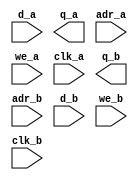
`timescale 1 ns/100 ps
// Version: 8.5 8.5.0.34


module versatile_fifo_dptam_dw(
       d_a,
       q_a,
       adr_a,
       we_a,
       clk_a,
       q_b,
       adr_b,
       d_b,
       we_b,
       clk_b
    );
/* synthesis syn_black_box

pragma attribute versatile_fifo_dptam_dw ment_tsu0 adr_a[0]->clk_a+0.280
pragma attribute versatile_fifo_dptam_dw ment_tsu1 adr_a[10]->clk_a+0.280
pragma attribute versatile_fifo_dptam_dw ment_tsu2 adr_a[1]->clk_a+0.280
pragma attribute versatile_fifo_dptam_dw ment_tsu3 adr_a[2]->clk_a+0.280
pragma attribute versatile_fifo_dptam_dw ment_tsu4 adr_a[3]->clk_a+0.280
pragma attribute versatile_fifo_dptam_dw ment_tsu5 adr_a[4]->clk_a+0.280
pragma attribute versatile_fifo_dptam_dw ment_tsu6 adr_a[5]->clk_a+0.280
pragma attribute versatile_fifo_dptam_dw ment_tsu7 adr_a[6]->clk_a+0.280
pragma attribute versatile_fifo_dptam_dw ment_tsu8 adr_a[7]->clk_a+0.280
pragma attribute versatile_fifo_dptam_dw ment_tsu9 adr_a[8]->clk_a+0.280
pragma attribute versatile_fifo_dptam_dw ment_tsu10 adr_a[9]->clk_a+0.280
pragma attribute versatile_fifo_dptam_dw ment_tsu11 adr_b[0]->clk_b+0.282
pragma attribute versatile_fifo_dptam_dw ment_tsu12 adr_b[10]->clk_b+0.282
pragma attribute versatile_fifo_dptam_dw ment_tsu13 adr_b[1]->clk_b+0.282
pragma attribute versatile_fifo_dptam_dw ment_tsu14 adr_b[2]->clk_b+0.282
pragma attribute versatile_fifo_dptam_dw ment_tsu15 adr_b[3]->clk_b+0.282
pragma attribute versatile_fifo_dptam_dw ment_tsu16 adr_b[4]->clk_b+0.282
pragma attribute versatile_fifo_dptam_dw ment_tsu17 adr_b[5]->clk_b+0.282
pragma attribute versatile_fifo_dptam_dw ment_tsu18 adr_b[6]->clk_b+0.282
pragma attribute versatile_fifo_dptam_dw ment_tsu19 adr_b[7]->clk_b+0.282
pragma attribute versatile_fifo_dptam_dw ment_tsu20 adr_b[8]->clk_b+0.282
pragma attribute versatile_fifo_dptam_dw ment_tsu21 adr_b[9]->clk_b+0.282
pragma attribute versatile_fifo_dptam_dw ment_tsu22 d_a[0]->clk_a+0.193
pragma attribute versatile_fifo_dptam_dw ment_tsu23 d_a[1]->clk_a+0.193
pragma attribute versatile_fifo_dptam_dw ment_tsu24 d_a[2]->clk_a+0.193
pragma attribute versatile_fifo_dptam_dw ment_tsu25 d_a[3]->clk_a+0.193
pragma attribute versatile_fifo_dptam_dw ment_tsu26 d_a[4]->clk_a+0.193
pragma attribute versatile_fifo_dptam_dw ment_tsu27 d_a[5]->clk_a+0.193
pragma attribute versatile_fifo_dptam_dw ment_tsu28 d_a[6]->clk_a+0.193
pragma attribute versatile_fifo_dptam_dw ment_tsu29 d_a[7]->clk_a+0.193
pragma attribute versatile_fifo_dptam_dw ment_tsu30 d_b[0]->clk_b+0.176
pragma attribute versatile_fifo_dptam_dw ment_tsu31 d_b[1]->clk_b+0.176
pragma attribute versatile_fifo_dptam_dw ment_tsu32 d_b[2]->clk_b+0.176
pragma attribute versatile_fifo_dptam_dw ment_tsu33 d_b[3]->clk_b+0.176
pragma attribute versatile_fifo_dptam_dw ment_tsu34 d_b[4]->clk_b+0.176
pragma attribute versatile_fifo_dptam_dw ment_tsu35 d_b[5]->clk_b+0.176
pragma attribute versatile_fifo_dptam_dw ment_tsu36 d_b[6]->clk_b+0.176
pragma attribute versatile_fifo_dptam_dw ment_tsu37 d_b[7]->clk_b+0.176
pragma attribute versatile_fifo_dptam_dw ment_tsu38 we_a->clk_a+2.731
pragma attribute versatile_fifo_dptam_dw ment_tsu39 we_b->clk_b+3.346
pragma attribute versatile_fifo_dptam_dwment_tco0 clk_a->q_a[0]+3.154
pragma attribute versatile_fifo_dptam_dwment_tco1 clk_a->q_a[1]+3.154
pragma attribute versatile_fifo_dptam_dwment_tco2 clk_a->q_a[2]+3.154
pragma attribute versatile_fifo_dptam_dwment_tco3 clk_a->q_a[3]+3.154
pragma attribute versatile_fifo_dptam_dwment_tco4 clk_a->q_a[4]+3.154
pragma attribute versatile_fifo_dptam_dwment_tco5 clk_a->q_a[5]+3.154
pragma attribute versatile_fifo_dptam_dwment_tco6 clk_a->q_a[6]+3.154
pragma attribute versatile_fifo_dptam_dwment_tco7 clk_a->q_a[7]+3.154
pragma attribute versatile_fifo_dptam_dwment_tco8 clk_b->q_b[0]+3.139
pragma attribute versatile_fifo_dptam_dwment_tco9 clk_b->q_b[1]+3.139
pragma attribute versatile_fifo_dptam_dwment_tco10 clk_b->q_b[2]+3.139
pragma attribute versatile_fifo_dptam_dwment_tco11 clk_b->q_b[3]+3.139
pragma attribute versatile_fifo_dptam_dwment_tco12 clk_b->q_b[4]+3.139
pragma attribute versatile_fifo_dptam_dwment_tco13 clk_b->q_b[5]+3.139
pragma attribute versatile_fifo_dptam_dwment_tco14 clk_b->q_b[6]+3.139
pragma attribute versatile_fifo_dptam_dwment_tco15 clk_b->q_b[7]+3.139
*/
/* synthesis black_box_pad_pin ="" */
input  [7:0] d_a;
output [7:0] q_a;
input  [10:0] adr_a;
input  we_a;
input  clk_a;
output [7:0] q_b;
input  [10:0] adr_b;
input  [7:0] d_b;
input  we_b;
input  clk_b;

endmodule